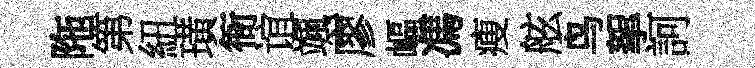
陁第紐璜衙谊颯廖嶇馮瘦舷鸟挐訶